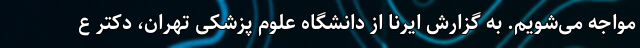
مواجه می‌شویم. به گزارش ایرنا از دانشگاه علوم پزشکی تهران، دکتر ع